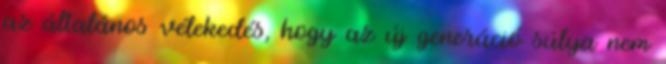
az általános vélekedés, hogy az új generáció súlya nem